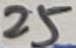
Text: 25